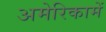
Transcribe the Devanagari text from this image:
अमेरिकामें